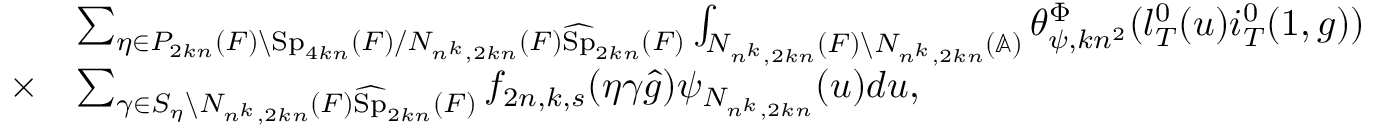
\begin{array} { r l } & { \sum _ { \eta \in P _ { 2 k n } ( F ) \backslash \mathrm { S p } _ { 4 k n } ( F ) / N _ { n ^ { k } , 2 k n } ( F ) \widehat { \mathrm { S p } } _ { 2 k n } ( F ) } \int _ { N _ { n ^ { k } , 2 k n } ( F ) \backslash N _ { n ^ { k } , 2 k n } ( \mathbb { A } ) } \theta _ { \psi , k n ^ { 2 } } ^ { \Phi } ( l _ { T } ^ { 0 } ( u ) i _ { T } ^ { 0 } ( 1 , g ) ) } \\ { \times } & { \sum _ { \gamma \in S _ { \eta } \backslash N _ { n ^ { k } , 2 k n } ( F ) \widehat { \mathrm { S p } } _ { 2 k n } ( F ) } f _ { 2 n , k , s } ( \eta \gamma \hat { g } ) \psi _ { N _ { n ^ { k } , 2 k n } } ( u ) d u , } \end{array}